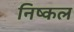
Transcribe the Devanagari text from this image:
निष्कल